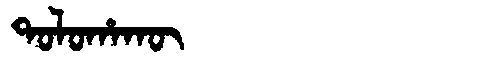
Manchu: ᡨᠣᠯᠣᡥᠠᡴᡡ
Romanization: TOLOHAKŪ